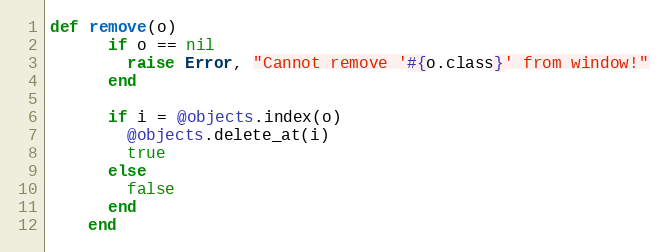
Language: Ruby
def remove(o)
      if o == nil
        raise Error, "Cannot remove '#{o.class}' from window!"
      end

      if i = @objects.index(o)
        @objects.delete_at(i)
        true
      else
        false
      end
    end